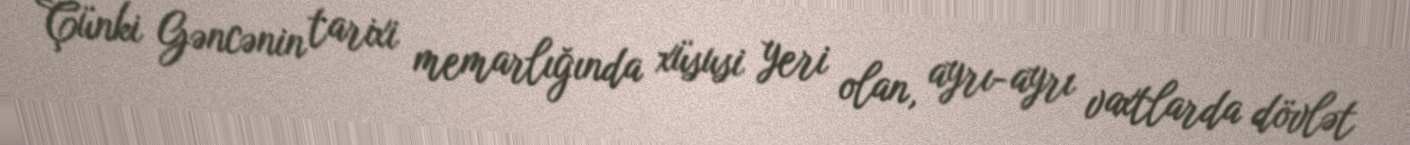
Çünki Gəncənin tarixi memarlığında xüsusi yeri olan, ayrı-ayrı vaxtlarda dövlət